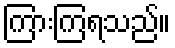
ကြားကြရသည်။